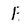
Character: 1